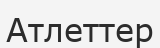
Атлеттер